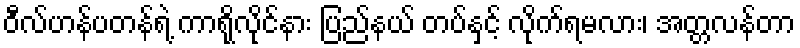
ဝီလ်ဟန်ပတန်ရဲ့ ကာရိုလိုင်နား ပြည်နယ် တပ်နှင့် လိုက်ရမလား၊ အတ္တလန်တာ